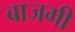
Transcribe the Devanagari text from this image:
बाजगी